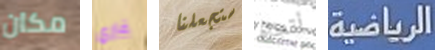
مكان غاري ستجعلنا أتجاه الرياضية